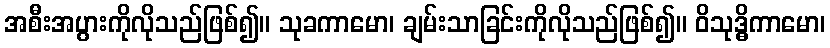
အစီးအပွားကိုလိုသည်ဖြစ်၍။ သုခကာမော၊ ချမ်းသာခြင်းကိုလိုသည်ဖြစ်၍။ ဝိသုဒ္ဓိကာမော၊